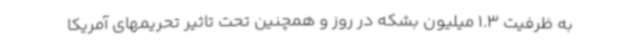
به ظرفیت 1.3 میلیون بشکه در روز و همچنین تحت تاثیر تحریمهای آمریکا